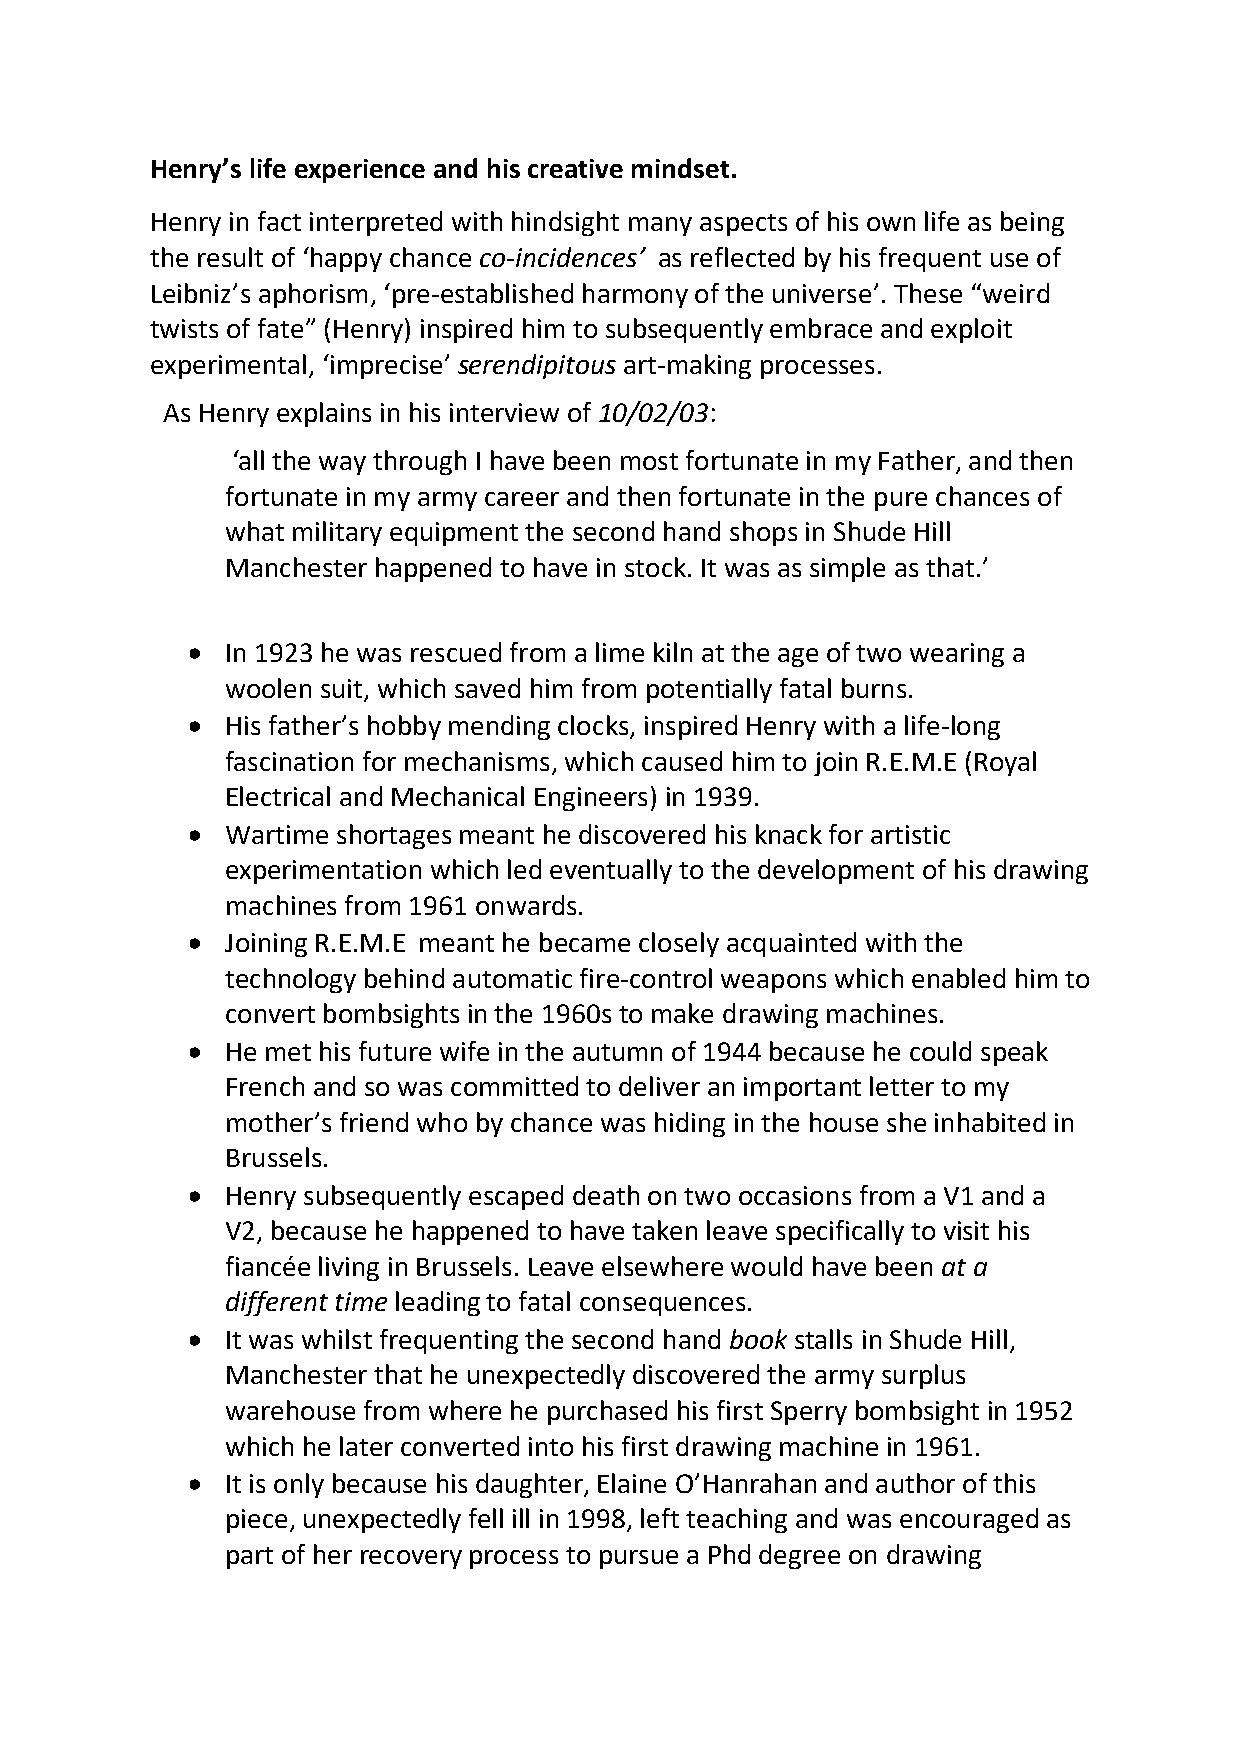
Henry’s life experience and his creative mindset.
 Henry in fact interpreted with hindsight many aspects of his own life as being
 the result of ‘happy chance co-incidences’ as reflected by his frequent use of
 Leibniz’s aphorism, ‘pre-established harmony of the universe’. These “weird
 twists of fate” (Henry) inspired him to subsequently embrace and exploit
 experimental, ‘imprecise’ serendipitous art-making processes.
 As Henry explains in his interview of 10/02/03:
 ‘all the way through I have been most fortunate in my Father, and then
 fortunate in my army career and then fortunate in the pure chances of
 what military equipment the second hand shops in Shude Hill
 Manchester happened to have in stock. It was as simple as that.’
 •  In 1923 he was rescued from a lime kiln at the age of two wearing a
 woolen suit, which saved him from potentially fatal burns.
 •  His father’s hobby mending clocks, inspired Henry with a life-long
 fascination for mechanisms, which caused him to join R.E.M.E (Royal
 Electrical and Mechanical Engineers) in 1939.
 •  Wartime shortages meant he discovered his knack for artistic
 experimentation which led eventually to the development of his drawing
 machines from 1961 onwards.
 •  Joining R.E.M.E meant he became closely acquainted with the
 technology behind automatic fire-control weapons which enabled him to
 convert bombsights in the 1960s to make drawing machines.
 •  He met his future wife in the autumn of 1944 because he could speak
 French and so was committed to deliver an important letter to my
 mother’s friend who by chance was hiding in the house she inhabited in
 Brussels.
 •  Henry subsequently escaped death on two occasions from a V1 and a
 V2, because he happened to have taken leave specifically to visit his
 fiancée living in Brussels. Leave elsewhere would have been at a
 different time leading to fatal consequences.
 •  It was whilst frequenting the second hand book stalls in Shude Hill,
 Manchester that he unexpectedly discovered the army surplus
 warehouse from where he purchased his first Sperry bombsight in 1952
 which he later converted into his first drawing machine in 1961.
 •  It is only because his daughter, Elaine O’Hanrahan and author of this
 piece, unexpectedly fell ill in 1998, left teaching and was encouraged as
 part of her recovery process to pursue a Phd degree on drawing